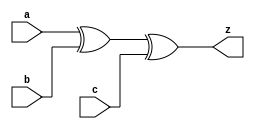
//#############################################################################
//# Function: 3-Input Exclusive-Or Gate                                       #
//# Copyright: OH Project Authors. ALl rights Reserved.                       #
//# License:  MIT (see LICENSE file in OH repository)                         # 
//#############################################################################

module oh_xor3 #(parameter DW = 1 ) // array width
   (
    input [DW-1:0]  a,
    input [DW-1:0]  b,
    input [DW-1:0]  c,
    output [DW-1:0] z
    );
   
   assign z =  a ^ b ^ c;
   
endmodule